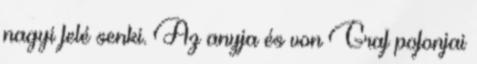
nagyi felé senki. Az anyja és von Graf pofonjai